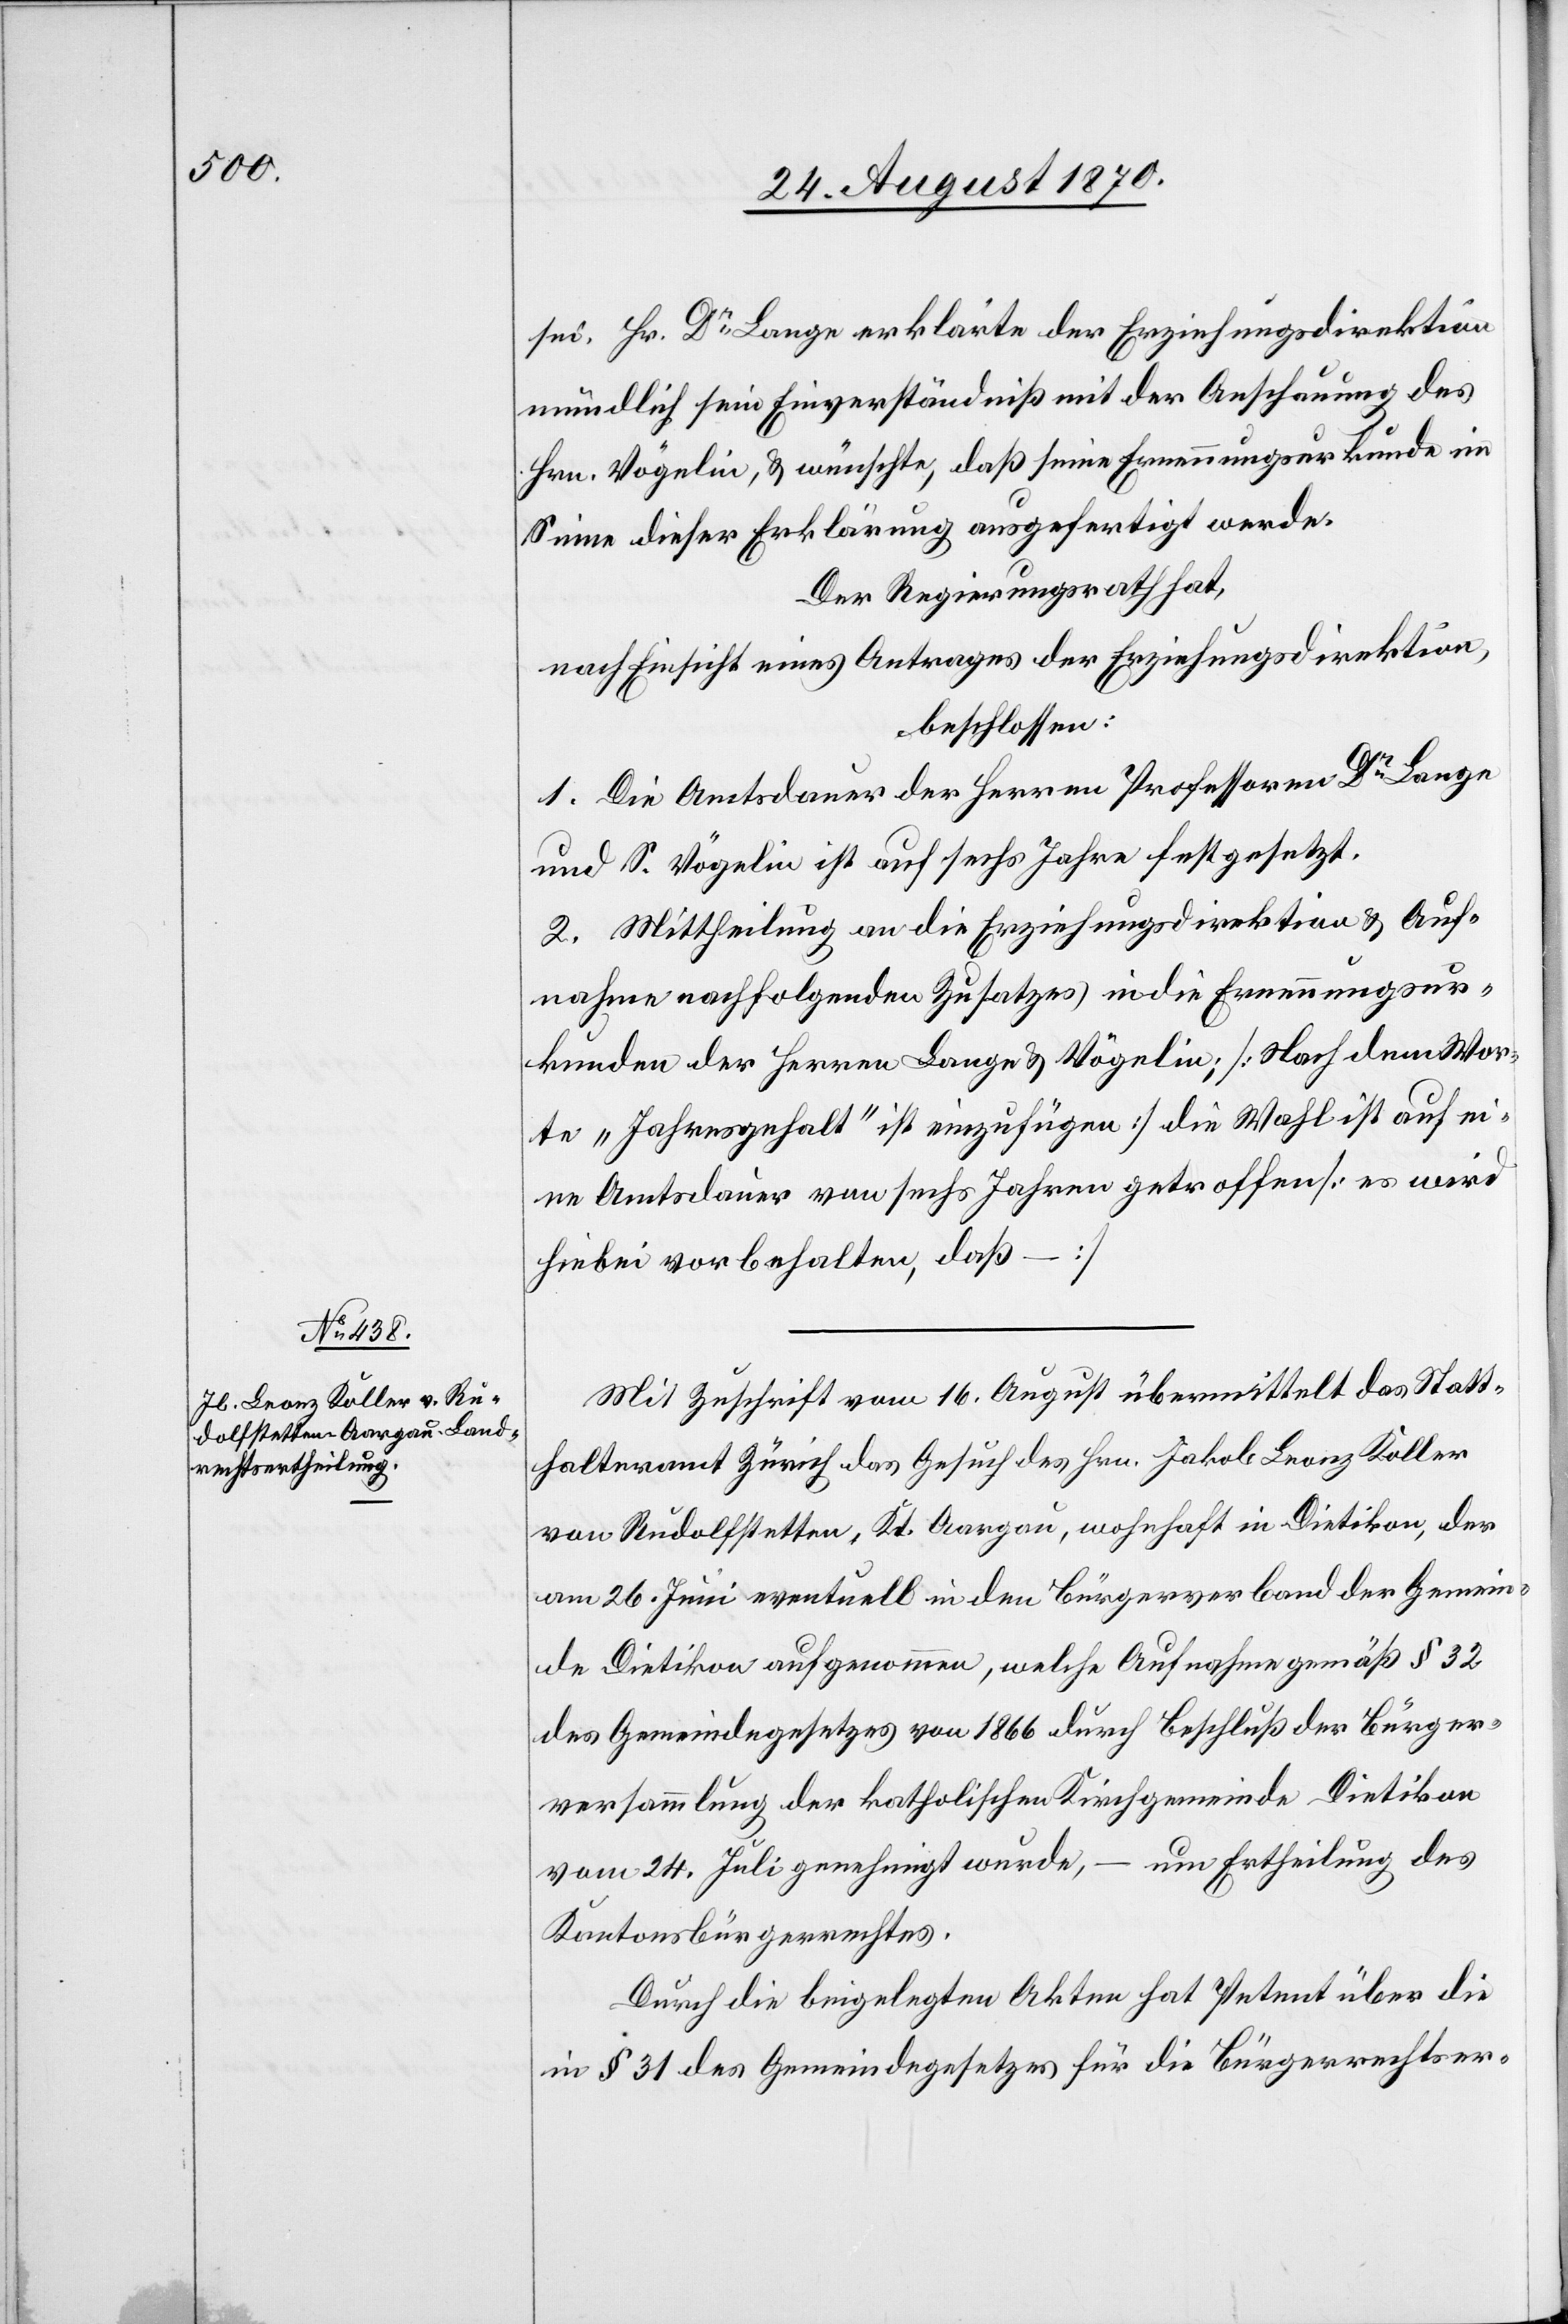
sei. Hr. Dr Lange erklärte der Erziehungsdirektion
mündlich sein Einverständniß mit der Anschauung des
Hrn. Vögelin, & wünschte, daß seine Ernennungsurkunde im
Sinne dieser Erklärung ausgefertigt werde.
Der Regierungsrath hat,
nach Einsicht eines Antrages der Erziehungsdirektion,
beschlossen:
1. Die Amtsdauer der Herren Professor Dr Lange
& S. Vögelin ist auf sechs Jahre festgesetzt.
2. Mittheilung an die Erziehungsdirektion & Auf¬
nahme nachfolgenden Zusatzes in die Ernennungsur¬
kunden der Herren Lange & Vögelin; [Nach dem Wor¬
te „Jahresgehalt“ ist einzufügen] die Wahl ist auf ei¬
ne Amtsdauer von sechs Jahren getroffen [es wurde
hiebei vorbehalten, daß – ]
Mit Zuschrift vom 16. August übermittelt das Statt¬
halteramt Zürich das Gesuch des Hrn. Jakob Leonz Koller
von Rudolfstetten, Kt. Aargau, wohnhaft in Dietikon, der
am 26. Juni eventuell in den Bürgerverband der Gemein¬
de Dietikon aufgenommen, welche Aufnahme gemäß § 32
des Gemeindegesetzes von 1866 durch Beschluß der Bürger¬
versammlung der katholischen Kirchgemeinde Dietikon
vom 24. Juli genehmigt wurde, – um Ertheilung des
Kantonsbürgerrechtes.
Durch die beigelegten Akten hat Petent über die
in § 31 des Gemeindegesetzes für die Bürgerrechtser-